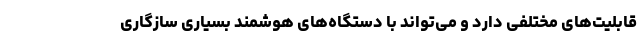
قابلیت‌های مختلفی دارد و می‌تواند با دستگاه‌های هوشمند بسیاری سازگاری